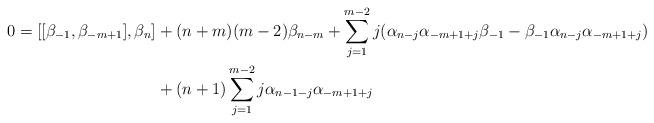
LaTeX: \begin{align*}0= [[\beta_{-1}, \beta_{-m+1}],\beta_n]&+(n+m)(m-2) \beta_{n-m}+ \sum_{j=1}^{m-2} j (\alpha_{n-j} \alpha_{-m+1+j} \beta_{-1}-\beta_{-1} \alpha_{n-j} \alpha_{-m+1+j}) \\&+(n+1) \sum_{j=1}^{m-2} j \alpha_{n-1-j} \alpha_{-m+1+j} \end{align*}